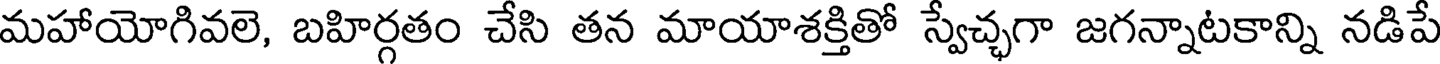
మహాయోగివలె, బహిర్గతం చేసి తన మాయాశక్తితో స్వేచ్ఛగా జగన్నాటకాన్ని నడిపే